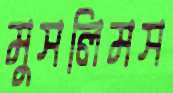
মুসলিমস